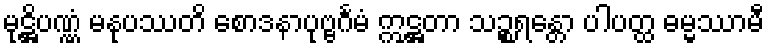
မုဋ္ဌိပဏ္ဏံ မနုပဿတိ စောဒနာပုဗ္ဗင်္ဂမံ ဣဋ္ဌတာ သဉ္စရန္တော ပါပတ္ထ ဓမ္မဿာမီ